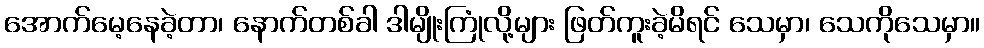
အောက်မေ့နေခဲ့တာ၊ နောက်တစ်ခါ ဒါမျိုးကြုံလို့များ ဖြတ်ကူးခဲ့မိရင် သေမှာ၊ သေကိုသေမှာ။